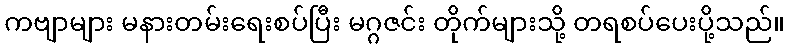
ကဗျာများ မနားတမ်းရေးစပ်ပြီး မဂ္ဂဇင်း တိုက်များသို့ တရစပ်ပေးပို့သည်။